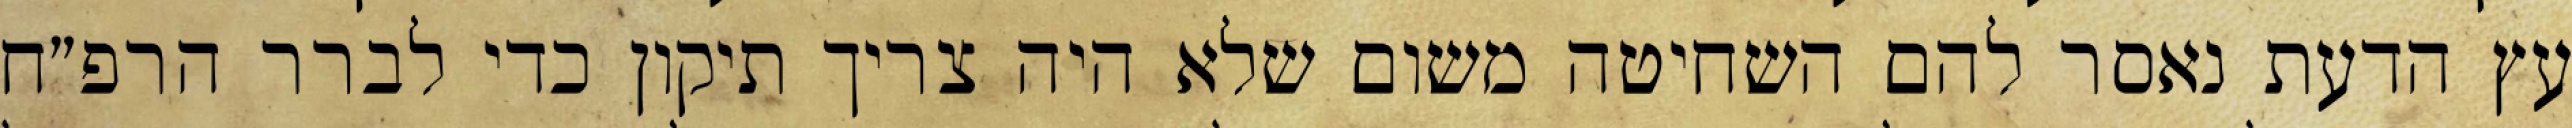
עץ הדעת נאסר להם השחיטה משום שלא היה צריך תיקון כדי לברר הרפ״ח